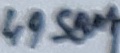
Text: 4958M